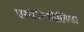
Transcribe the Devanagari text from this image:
एसीरीफोलिया